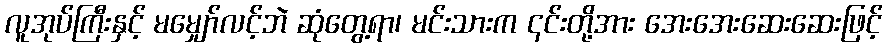
လူအုပ်ကြီးနှင့် မမျှော်လင့်ဘဲ ဆုံတွေ့ရာ၊ မင်းသားက ၎င်းတို့အား အေးအေးဆေးဆေးဖြင့်